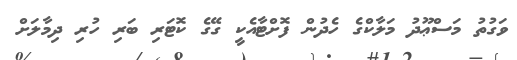
ވަގުތު މަސްޢޫދު މަލާކްގެ ހެދުން ފޮށްޓާއެކީ ގޭގެ ކޮޓަރި ބަރި ހުރި ދިމާލަށް